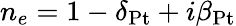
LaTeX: n_{e}=1-\delta_{\mathrm{Pt}}+i\beta_{\mathrm{Pt}}